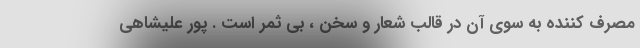
مصرف کننده به سوی آن در قالب شعار و سخن ، بی ثمر است . پور علیشاهی